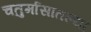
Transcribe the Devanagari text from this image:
चतुर्मासातल्या